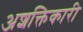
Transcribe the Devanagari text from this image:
अशक्तिकारी